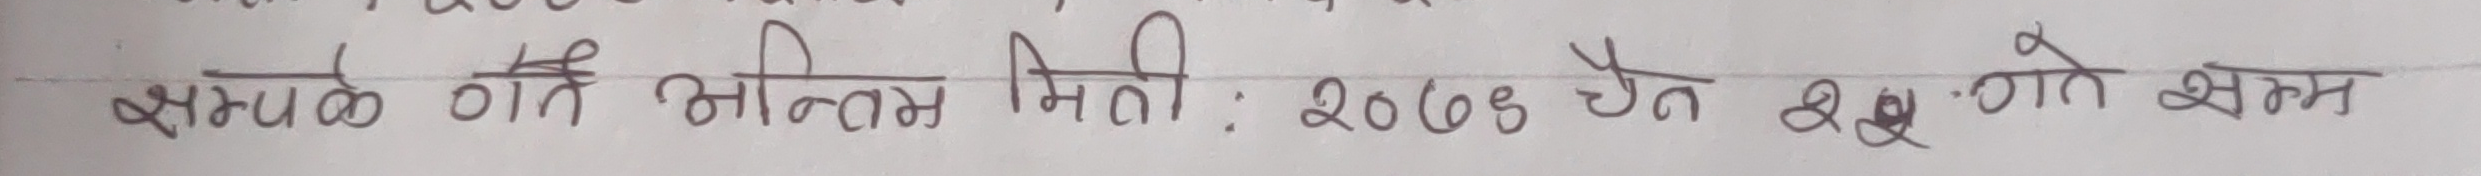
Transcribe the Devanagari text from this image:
सम्पर्क ठेगाना भिन्न मिती : २०७९ चैत २५ गते सम्म